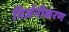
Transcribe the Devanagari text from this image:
निर्जनीकरण